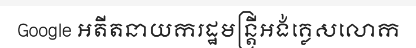
Google អតីតនាយករដ្ឋមន្ត្រីអង់គ្លេសលោក